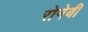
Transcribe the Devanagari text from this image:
रोनेबी